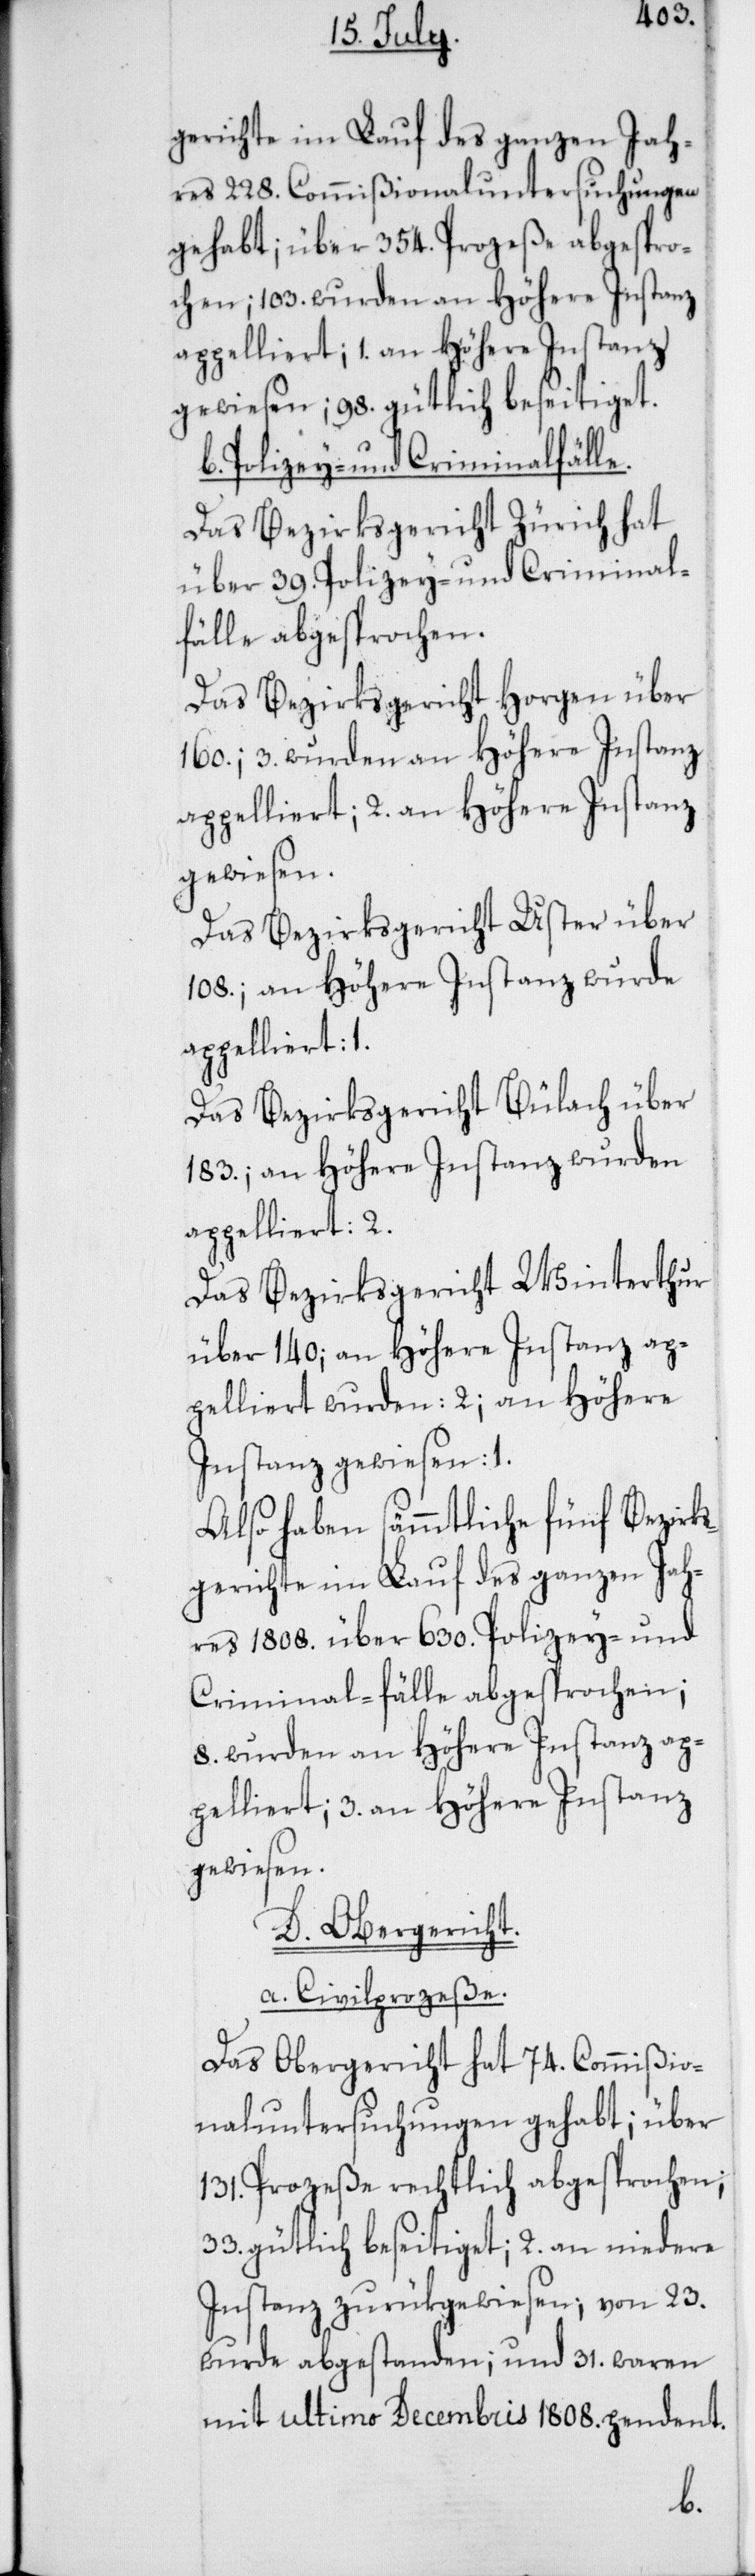
gerichte im Lauf des ganzen Jah¬
res 228. Commißionaluntersuchungen
gehabt; über 354. Proceße abgespro¬
chen; 103. wurden an Höhere Instanz
appelliert; 1. an Höhere Instanz
gewiesen; 98. gütlich beseitiget.
b. Polizey- und Criminalfälle.
Das Bezirksgericht Zürich hat
über 39. Polizey- und Criminal¬
fälle abgesprochen.
Das Bezirksgericht Horgen über
160.; 3. wurden an Höhere Instanz
appelliert; 2. an Höhere Instanz
gewiesen.
Das Bezirksgericht Uster über
108.; an Höhere Instanz wurde
appeliert: 1.
Das Bezirksgericht Bülach über
183.; an Höhere Instanz wurden
appelliert: 2.
Das Bezirksgericht Winterthur
über 140; an Höhere Instanz ap¬
pelliert wurden: 2; an Höhere
Instanz gewiesen: 1.
Also haben sämmtliche fünf Bezirk¬
sgerichte im Lauf des ganzen Jah¬
res 1808. über 630. Polizey- und
Criminalfälle abgesprochen;
8. wurden an Höhere Instanz ap¬
pelliert; 3. an Höhere Instanz
gewiesen.
D. Obergericht.
a. Civilprozeße.
Das Obergericht hat 74. Commißio¬
naluntersuchungen gehabt; über
131. Proceße rechtlich abgesprochen;
33. gütlich beseitiget; 2. an niedere
Instanz zurükgewiesen; von 23.
wurden abgestanden; und 31. waren
mit ultimo Decembris 1808. pendent.